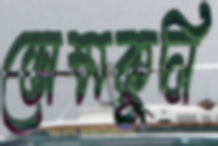
ডোমকুলি